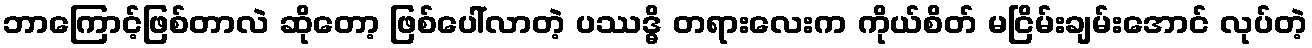
ဘာကြောင့်ဖြစ်တာလဲ ဆိုတော့ ဖြစ်ပေါ်လာတဲ့ ပဿဒ္ဓိ တရားလေးက ကိုယ်စိတ် မငြိမ်းချမ်းအောင် လုပ်တဲ့